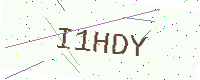
Text: I1HDY